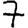
Digit: 7